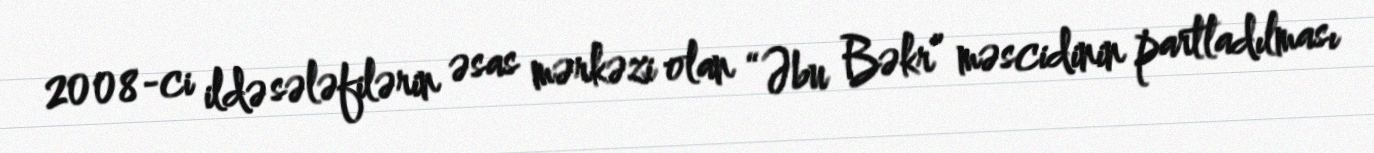
2008-ci ildə sələfilərin əsas mərkəzi olan “Əbu Bəkr” məscidinin partladılması